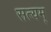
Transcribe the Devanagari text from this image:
सत्‍यम्